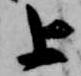
上